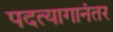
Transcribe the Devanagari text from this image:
पदत्यागानंतर